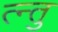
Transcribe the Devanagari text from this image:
त्न्तु